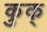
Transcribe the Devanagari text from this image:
कुक्